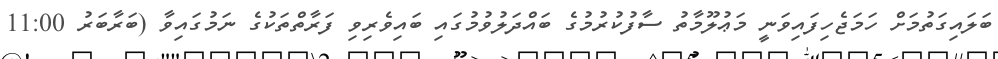
ބަލައިގަތުމަށް ހަމަޖެހިފައިވަނީ މަޢުލޫމާތު ސާފުކުރުމުގެ ބައްދަލުވުމުގައި ބައިވެރިވި ފަރާތްތަކުގެ ނަމުގައިވާ (ބަރާބަރު 11:00